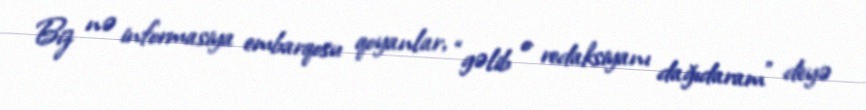
Biz nə informasiya embarqosu qoyanlar, “gəlib o redaksiyanı dağıdaram” deyə